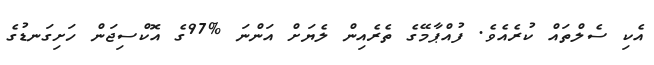
އެކި ސެލްތައް ކުރެއެވެ. ފުއްޕާމޭގެ ތެރެއިން ލެޔަށް އަންނަ %97ގެ އޮކްސިޖަން ހަށިގަނޑުގެ